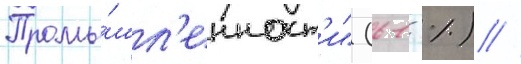
Промы́шл'енност'и" (61 %) //